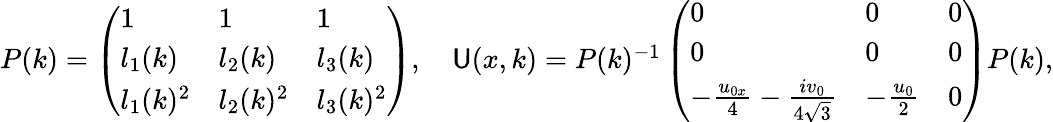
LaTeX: \begin{array}{r}{P(k)=\left(\begin{array}{lll}{1}&{1}&{1}\\ {l_{1}(k)}&{l_{2}(k)}&{l_{3}(k)}\\ {l_{1}(k)^{2}}&{l_{2}(k)^{2}}&{l_{3}(k)^{2}}\end{array}\right),\quad\mathsf{U}(x,k)=P(k)^{-1}\left(\begin{array}{lll}{0}&{0}&{0}\\ {0}&{0}&{0}\\ {-\frac{u_{0x}}{4}-\frac{iv_{0}}{4\sqrt{3}}}&{-\frac{u_{0}}{2}}&{0}\end{array}\right)P(k),}\end{array}